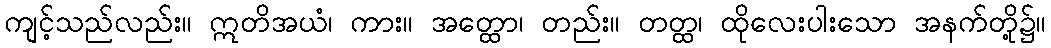
ကျင့်သည်လည်း။ ဣတိအယံ၊ ကား။ အတ္ထော၊ တည်း။ တတ္ထ၊ ထိုလေးပါးသော အနက်တို့၌။